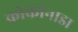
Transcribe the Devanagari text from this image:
कोकीनाडा